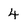
Character: 4